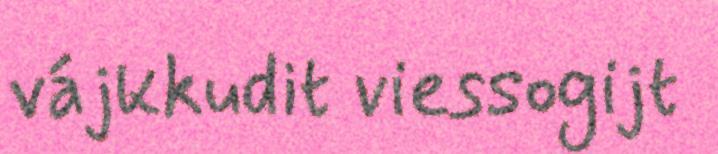
vájkkudit viessogijt